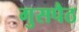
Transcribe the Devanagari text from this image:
गुसपैठ